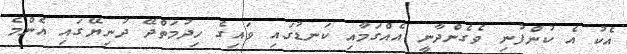
އެކު އެ ކުންފުނި ވެގެންދާނީ އެއްގަމާއި ކަނޑުގައި ވައިގެ ހިދުމަތްދޭ ދުނިޔޭގައި އެންމެ